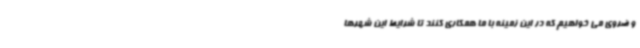
و ضروی می خواهیم که در این زمینه با ما همکاری کنند تا شرایط این شهرها